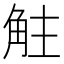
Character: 𧣓